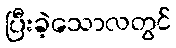
ပြီးခဲ့သောလတွင်